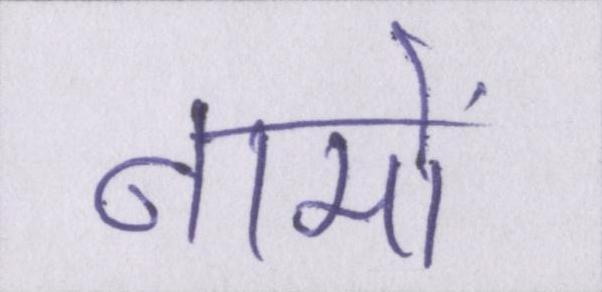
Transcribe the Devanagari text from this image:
नामों